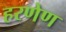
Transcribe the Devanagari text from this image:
हरणेण